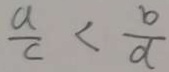
\frac { a } { c } < \frac { b } { d }